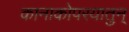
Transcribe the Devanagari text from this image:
कानाकोपरयातुन्